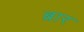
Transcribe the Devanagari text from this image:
ब्रार